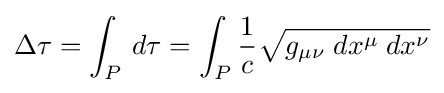
\Delta \tau =\int _{P}\,d\tau =\int _{P}{\frac {1}{c}}{\sqrt {g_{\mu \nu }\;dx^{\mu }\;dx^{\nu }}}